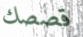
قصصك